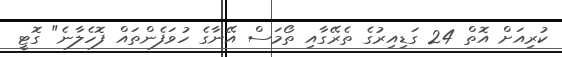
ކުރިއަށް އޮތް 24 ގަޑިއިރުގެ ތެރޭގާއި ތޯމަސް އޭނާގެ ހުވަފެންތައް ފޮހެލާނެ" ގޮޓީ